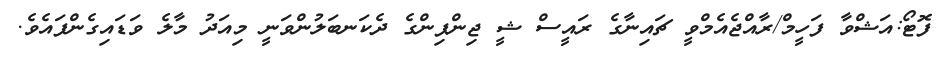
ފޮޓޯ:އަޝްވާ ފަހީމް/ރާއްޖެއެމްވީ ޗައިނާގެ ރައީސް ޝީ ޖިންޕިންގެ ދެކަނބަލުންވަނީ މިއަދު މާލެ ވަޑައިގެންފައެވެ.